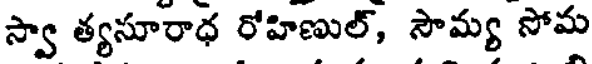
స్వా త్యసూరాధ రోహిణుల్, సౌమ్య సోమ